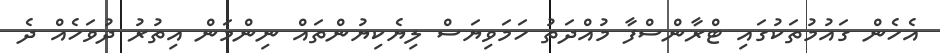
އެހެން ގައުމުތަކުގައި ޓްރާންސްފާ މުއްދަތު ހަމަވިޔަސް ލިޔެކިޔުންތައް ނިންމަން އިތުރު ދުވަހެއް ދެ